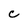
Character: C